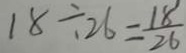
1 8 \div 2 6 = \frac { 1 8 } { 2 6 }